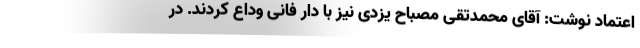
اعتماد نوشت: آقای محمدتقی مصباح یزدی نیز با دار فانی وداع کردند. در